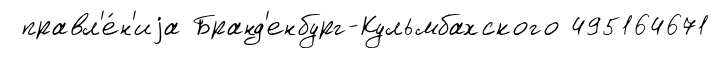
правл'е́н'иjа Бранд'енбург-Кульмбахского 495164671